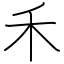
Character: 禾